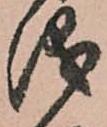
儀